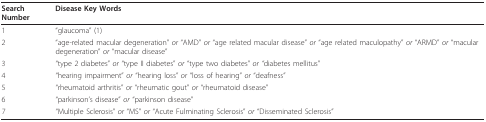
| Search Number | Disease Key Words |
 | --- | --- |
 | 1 | "glaucoma" (1) |
 | 2 | "age-related macular degeneration" or "AMD" or "age related macular disease" or "age related maculopathy" or "ARMD" or "macular degeneration" or "macular disease" |
 | 3 | "type 2 diabetes" or "type II diabetes" or "type two diabetes" or "diabetes mellitus" |
 | 4 | "hearing impairment" or "hearing loss" or "loss of hearing" or "deafness" |
 | 5 | "rheumatoid arthritis" or "rheumatic gout" or "rheumatoid disease" |
 | 6 | "parkinson's disease" or "parkinson disease" |
 | 7 | "Multiple Sclerosis" or "MS" or "Acute Fulminating Sclerosis" or "Disseminated Sclerosis" |